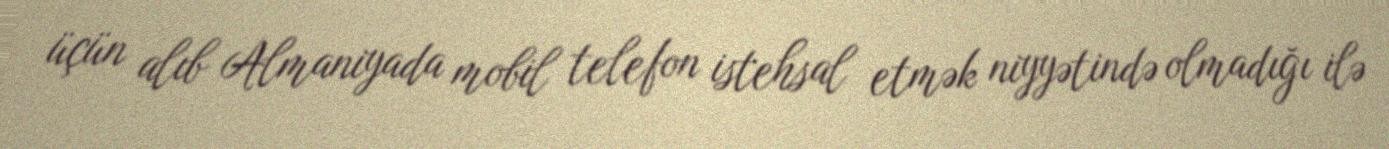
üçün alıb Almaniyada mobil telefon istehsal etmək niyyətində olmadığı ilə